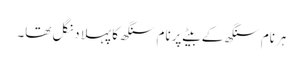
ہرنام سنگھ کے بیٹے پرنام سنگھ کا پہلا دنگل تھا۔